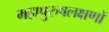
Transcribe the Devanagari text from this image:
महापुरुषलक्षणों